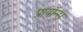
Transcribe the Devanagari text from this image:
प्रायॉन्स